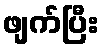
ဖျက်ပြီး